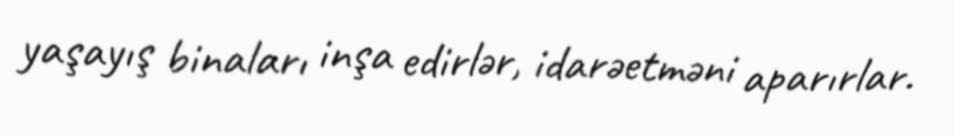
yaşayış binaları inşa edirlər, idarəetməni aparırlar.